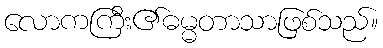
လောကကြီး၏ဓမ္မတာသာဖြစ်သည်။